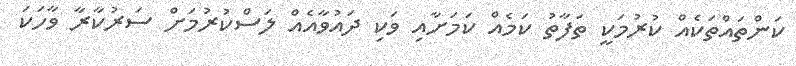
ކަންތައްތަކެއް ކުރުމަކީ ތަފާތު ކަމެއް ކަމަށާއި ވަކި ދައުވާއެއް ލަސްކުރުމަށް ސަރުކާރާ ވާހަކަ